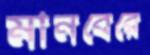
মানবেরে